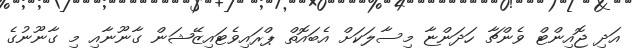
އަދި ޖޮއިންޓް ވެންޗާ ހަދަންޏާ މިސާލަކަށް އެބައޮތް ޕްރައިވެޓައިޒޭޝަން ގާނޫނާއި މި ގާނޫނުގެ